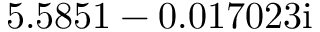
5 . 5 8 5 1 - 0 . 0 1 7 0 2 3 \mathrm { i }